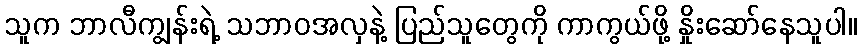
သူက ဘာလီကျွန်းရဲ့ သဘာဝအလှနဲ့ ပြည်သူတွေကို ကာကွယ်ဖို့ နှိုးဆော်နေသူပါ။